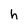
Character: h